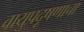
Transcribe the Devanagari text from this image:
वायुप्रदूषणाचा